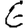
Digit: 6